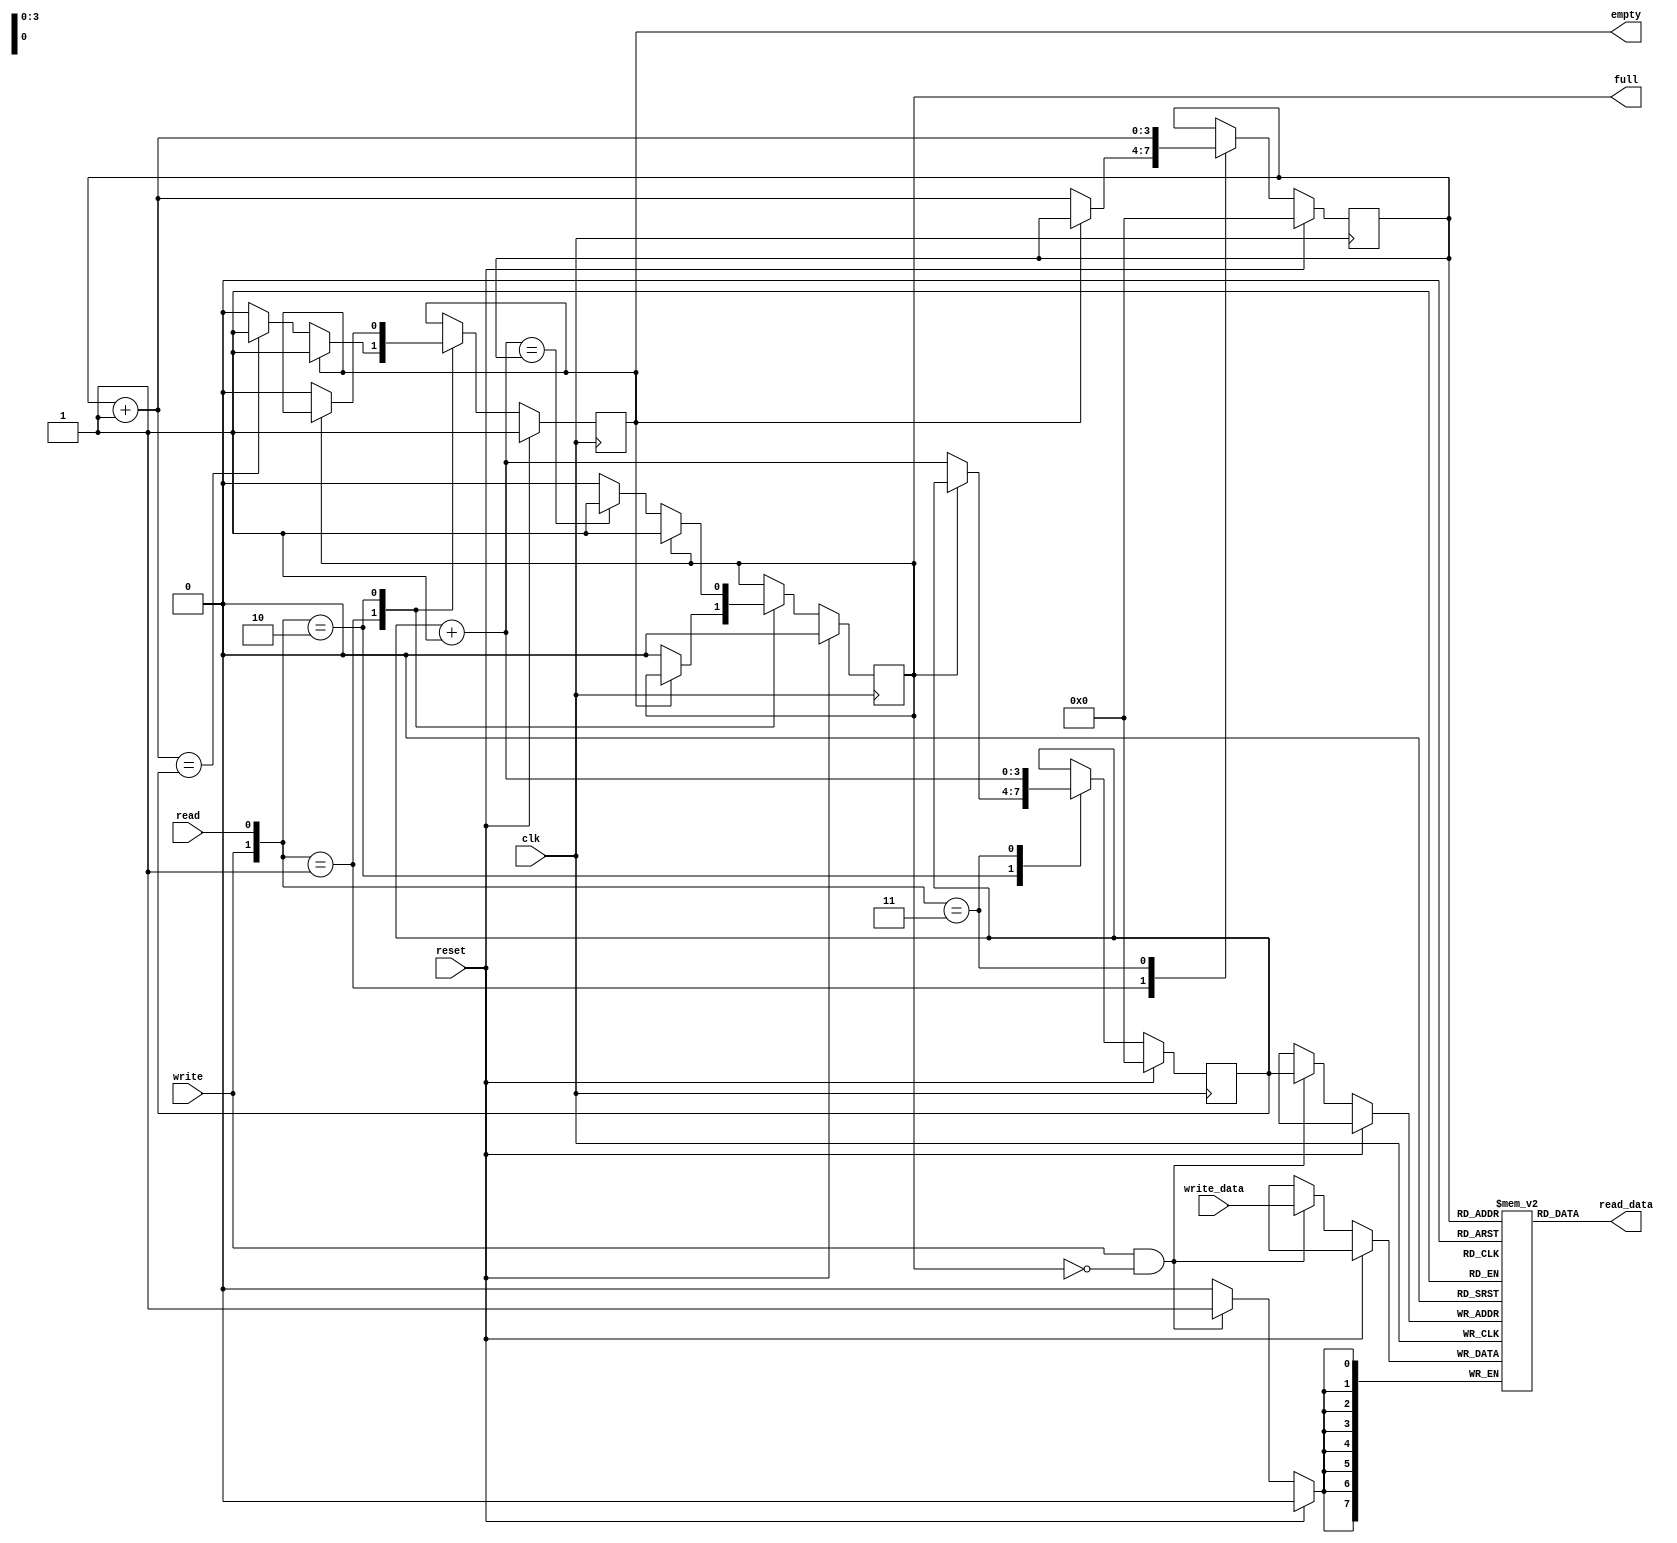
module fifo
	#(parameter 
		DATA_BITS = 8,
		ADDRESS_BITS = 4
	)
	(
		input wire clk, 
		input wire reset,
		input wire read,
		input wire write,
		input wire [DATA_BITS-1:0] write_data,
		output wire empty,
		output wire full,
		output wire [DATA_BITS-1:0] read_data
	);

	reg [DATA_BITS-1:0] fifo_array [2**ADDRESS_BITS-1:0];
	reg [ADDRESS_BITS-1:0] write_ptr_current, write_ptr_next, write_ptr_successive;
	reg [ADDRESS_BITS-1:0] read_ptr_current, read_ptr_next, read_ptr_successive;
	reg full_current, full_next;
	reg empty_current, empty_next;
	wire write_enable;

	localparam [1:0]
		NO_OP_STATE = 2'b00,
		READ_STATE = 2'b01,
		WRITE_STATE = 2'b10,
		WRITE_AND_READ_STATE = 2'b11;

	assign read_data = fifo_array[read_ptr_current];
	assign write_enable = write & ~full_current;

	always @(posedge clk) begin
		if (reset) begin
			write_ptr_current <= 0;
			read_ptr_current <= 0;
			full_current <= 1'b0;
			empty_current <= 1'b1;
		end
		else begin
			if (write_enable) begin
				fifo_array[write_ptr_current] <= write_data;
			end
			write_ptr_current <= write_ptr_next;
			read_ptr_current <= read_ptr_next;
			full_current <= full_next;
			empty_current <= empty_next;
		end
	end

	always @* begin
		write_ptr_successive = write_ptr_current + 1;
		read_ptr_successive = read_ptr_current + 1;

		write_ptr_next = write_ptr_current;
		read_ptr_next = read_ptr_current;
		full_next = full_current;
		empty_next = empty_current;
		
		case ({write, read})
			// NO_OP_STATE
         
	        READ_STATE: begin
	            if (~empty_current) begin
					read_ptr_next = read_ptr_successive;
					full_next = 1'b0;
					if (read_ptr_successive == write_ptr_current) begin
						empty_next = 1'b1;
					end
				end
			end
	         
			WRITE_STATE: begin
				if (~full_current) begin
					write_ptr_next = write_ptr_successive;
					empty_next = 1'b0;
					if (write_ptr_successive == read_ptr_current) begin
						full_next = 1'b1;
					end
				end
			end

			WRITE_AND_READ_STATE: begin
				write_ptr_next = write_ptr_successive;
				read_ptr_next = read_ptr_successive;
			end

		endcase
	end

	assign full = full_current;
	assign empty = empty_current;

endmodule